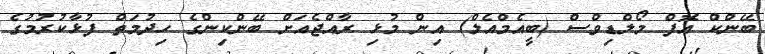
ބޭންކް އޮފް މޯލްޑިވްސް (ބީއެމްއެލް) އިން މުޅި ރާއްޖެއަށް ބޭންކިންގެ ހިދުމަތް ފުޅާކުރުމުގެ